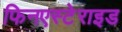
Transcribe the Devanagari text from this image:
फिनएस्टेराइड